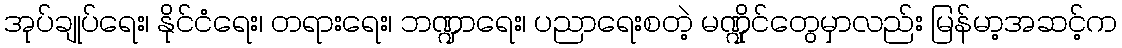
အုပ်ချုပ်ရေး၊ နိုင်ငံရေး၊ တရားရေး၊ ဘဏ္ဍာရေး၊ ပညာရေးစတဲ့ မဏ္ဍိုင်တွေမှာလည်း မြန်မာ့အဆင့်က